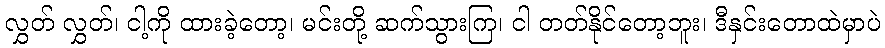
လွှတ် လွှတ်၊ ငါ့ကို ထားခဲ့တော့၊ မင်းတို့ ဆက်သွားကြ၊ ငါ တတ်နိုင်တော့ဘူး၊ ဒီနှင်းတောထဲမှာပဲ